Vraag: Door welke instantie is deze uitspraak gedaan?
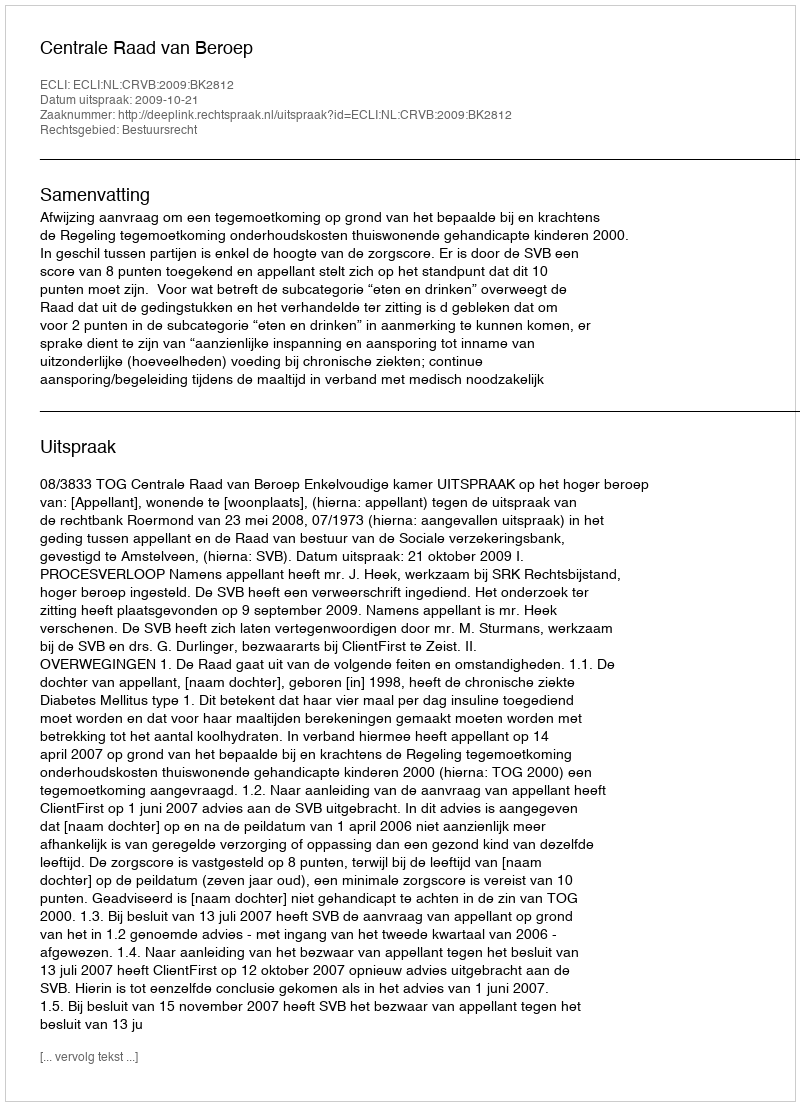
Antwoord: Centrale Raad van Beroep